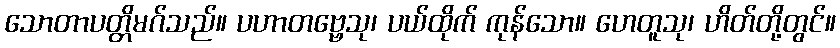
သောတာပတ္တိမဂ်သည်။ ပဟာတဗ္ဗေသု၊ ပယ်ထိုက် ကုန်သော။ ဟေတူသု၊ ဟိတ်တို့တွင်။